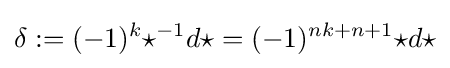
\delta :=(-1)^{k}{\star }^{-1}d{\star }=(-1)^{nk+n+1}{\star }d{\star }